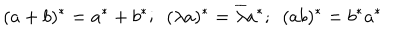
( a + b ) ^ { * } = a ^ { * } + b ^ { * } ; ~ ~ ( \lambda a ) ^ { * } = \overline { { { \lambda } } } a ^ { * } ; ~ ~ ( a b ) ^ { * } = b ^ { * } a ^ { * }